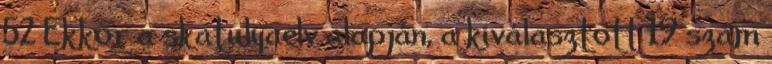
52 Ekkor a skatulyaelv alapján, a kiválasztott 19 szám